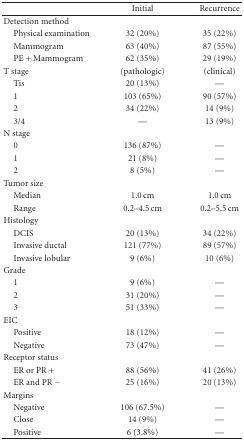
<table><thead><tr><td><b> </b></td><td><b>Initial</b></td><td><b>Recurrence</b></td></tr></thead><tbody><tr><td>Detection method</td><td> </td><td> </td></tr><tr><td> Physical examination</td><td>32 (20%)</td><td>35 (22%)</td></tr><tr><td> Mammogram</td><td>63 (40%)</td><td>87 (55%)</td></tr><tr><td> PE + Mammogram</td><td>62 (35%)</td><td>29 (19%)</td></tr><tr><td>T stage</td><td>(pathologic)</td><td>(clinical)</td></tr><tr><td> Tis</td><td>20 (13%)</td><td>—</td></tr><tr><td> 1</td><td>103 (65%)</td><td>90 (57%)</td></tr><tr><td> 2</td><td>34 (22%)</td><td>14 (9%)</td></tr><tr><td> 3/4</td><td>—</td><td>13 (9%)</td></tr><tr><td>N stage</td><td> </td><td> </td></tr><tr><td> 0</td><td>136 (87%)</td><td>—</td></tr><tr><td> 1</td><td>21 (8%)</td><td>—</td></tr><tr><td> 2</td><td>8 (5%)</td><td>—</td></tr><tr><td>Tumor size</td><td> </td><td> </td></tr><tr><td> Median</td><td>1.0 cm</td><td>1.0 cm</td></tr><tr><td> Range</td><td>0.2–4.5 cm</td><td>0.2–5.5 cm</td></tr><tr><td>Histology</td><td> </td><td> </td></tr><tr><td> DCIS</td><td>20 (13%)</td><td>34 (22%)</td></tr><tr><td> Invasive ductal</td><td>121 (77%)</td><td>89 (57%)</td></tr><tr><td> Invasive lobular</td><td>9 (6%)</td><td>10 (6%)</td></tr><tr><td>Grade</td><td> </td><td> </td></tr><tr><td> 1</td><td>9 (6%)</td><td>—</td></tr><tr><td> 2</td><td>31 (20%)</td><td>—</td></tr><tr><td> 3</td><td>51 (33%)</td><td>—</td></tr><tr><td>EIC</td><td> </td><td> </td></tr><tr><td> Positive</td><td>18 (12%)</td><td>—</td></tr><tr><td> Negative</td><td>73 (47%)</td><td>—</td></tr><tr><td>Receptor status</td><td> </td><td> </td></tr><tr><td> ER or PR +</td><td>88 (56%)</td><td>41 (26%)</td></tr><tr><td> ER and PR −</td><td>25 (16%)</td><td>20 (13%)</td></tr><tr><td>Margins</td><td> </td><td> </td></tr><tr><td> Negative</td><td>106 (67.5%)</td><td>—</td></tr><tr><td> Close</td><td>14 (9%)</td><td>—</td></tr><tr><td> Positive</td><td>6 (3.8%)</td><td>—</td></tr></tbody></table>